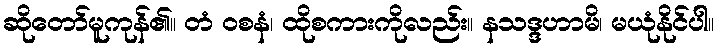
ဆိုတော်မူကုန်၏။ တံ ဝစနံ၊ ထိုစကားကိုလည်း။ နသဒ္ဒဟာမိ၊ မယုံနိုင်ပါ။